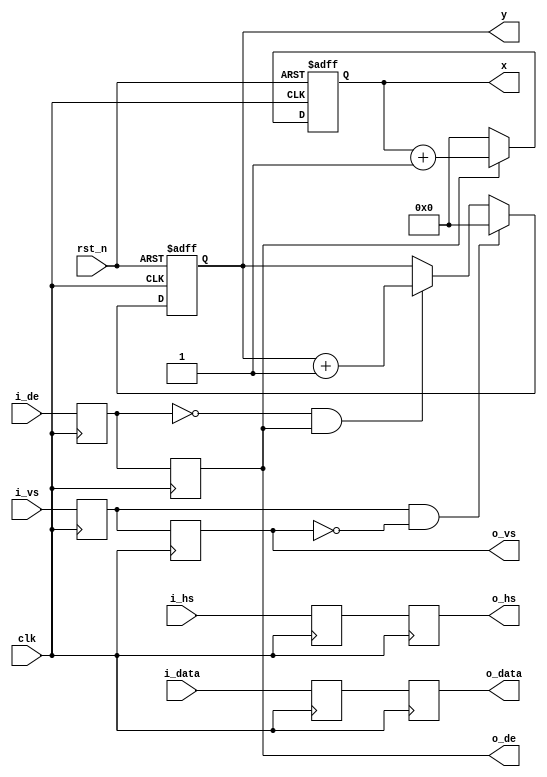
//////////////////////////////////////////////////////////////////////////////////
//                                                                              //
//                                                                              //
//          msq@qq.com                                                          //
//          ALINX(shanghai) Technology Co.,Ltd                                  //
//          heijin                                                              //
//     WEB: http://www.alinx.cn/                                                //
//     BBS: http://www.heijin.org/                                              //
//                                                                              //
//////////////////////////////////////////////////////////////////////////////////
//                                                                              //
// Copyright (c) 2017,ALINX(shanghai) Technology Co.,Ltd                        //
//                    All rights reserved                                       //
//                                                                              //
// This source file may be used and distributed without restriction provided    //
// that this copyright statement is not removed from the file and that any      //
// derivative work contains the original copyright notice and the associated    //
// disclaimer.                                                                  //
//                                                                              //
//////////////////////////////////////////////////////////////////////////////////

//================================================================================
//  Revision History:
//  Date          By            Revision    Change Description
//--------------------------------------------------------------------------------
//  2017/7/14    meisq         1.0         Original
//********************************************************************************/
module timing_gen_xy
#(
	parameter DATA_WIDTH = 24                       // Video data one clock data width
)(
	input                   rst_n,   
	input                   clk,
	input                   i_hs,    
	input                   i_vs,    
	input                   i_de,    
	input[DATA_WIDTH - 1:0] i_data,  
	output                  o_hs,    
	output                  o_vs,    
	output                  o_de,    
	output[DATA_WIDTH - 1:0]o_data,  
	output[11:0]            x,        // video position X
	output[11:0]            y         // video position y
);
reg de_d0;
reg de_d1;
reg vs_d0;
reg vs_d1;
reg hs_d0;
reg hs_d1;
reg[DATA_WIDTH - 1:0] i_data_d0;
reg[DATA_WIDTH - 1:0] i_data_d1;
reg[11:0] x_cnt = 12'd0;
reg[11:0] y_cnt = 12'd0;
wire vs_edge;
wire de_falling;
assign vs_edge = vs_d0 & ~vs_d1;  
assign de_falling = ~de_d0 & de_d1;
assign o_de = de_d1;
assign o_vs = vs_d1;
assign o_hs = hs_d1;
assign o_data = i_data_d1;
always@(posedge clk)
begin
	de_d0 <= i_de;
	de_d1 <= de_d0;
	vs_d0 <= i_vs;
	vs_d1 <= vs_d0;
	hs_d0 <= i_hs;
	hs_d1 <= hs_d0;
	i_data_d0 <= i_data;
	i_data_d1 <= i_data_d0;
end
always@(posedge clk or negedge rst_n)
begin
	if(rst_n == 1'b0)
		x_cnt <= 12'd0;
	else if(de_d1 == 1'b1)
		x_cnt <= x_cnt + 12'd1;
	else
		x_cnt <= 12'd0;
end
always@(posedge clk or negedge rst_n)
begin
	if(rst_n == 1'b0)
		y_cnt <= 12'd0;
	else if(vs_edge == 1'b1)
		y_cnt <= 12'd0;
	else if(de_falling == 1'b1)
		y_cnt <= y_cnt + 12'd1;
	else
		y_cnt <= y_cnt;
end
assign x = x_cnt;
assign y = y_cnt;
endmodule